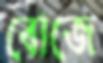
বোজে